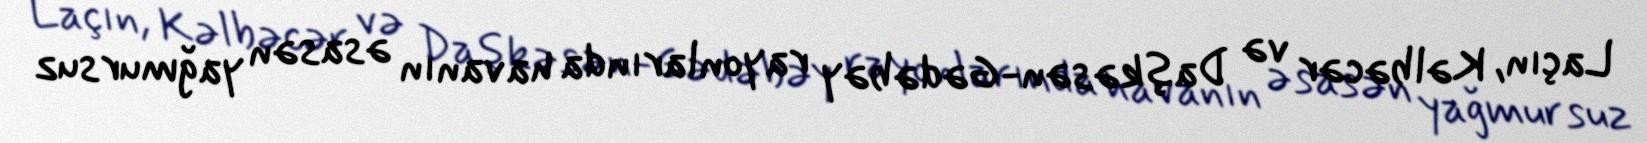
Laçın, Kəlbəcər və Daşkəsən-Gədəbəy rayonlarında havanın əsasən yağmursuz